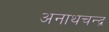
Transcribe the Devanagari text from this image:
अनाथचन्द्र